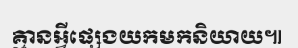
គ្មានអ្វីផ្សេងយកមកនិយាយ៕